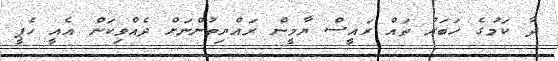
ދާ ކަމުގެ ޚަބަރު ތައް ރައީސް ޔާމީން ރައްޔިތުންނަށް ދެއްވިކަން އެއީ ހެޕީ